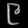
Digit: ၉